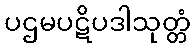
ပဌမပဋိပဒါသုတ္တံ